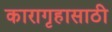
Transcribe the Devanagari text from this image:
कारागृहासाठी